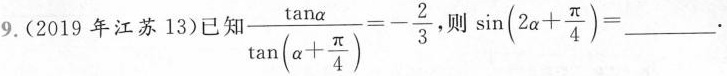
9.(2019 年江苏 13)已知 $$\frac{\tan \alpha}{\tan(\alpha + \frac{\pi}{4})}=- \frac{2}{3}$$ 则 $$\sin(2 \alpha + \frac{\pi}{4})=_________. $$